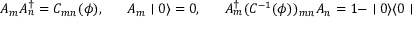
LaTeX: A _ { m } A _ { n } ^ { \dagger } = C _ { m n } ( \phi ) , \; \; \; \; \; \; A _ { m } \mid 0 \rangle = 0 , \; \; \; \; \; \; A _ { m } ^ { \dagger } ( C ^ { - 1 } ( \phi ) ) _ { m n } A _ { n } = 1 - \mid 0 \rangle \langle 0 \mid